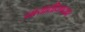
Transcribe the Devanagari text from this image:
नायाधीधपदावर